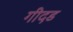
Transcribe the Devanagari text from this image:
गीदड